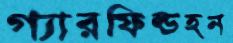
গ্যারফিল্ডহন